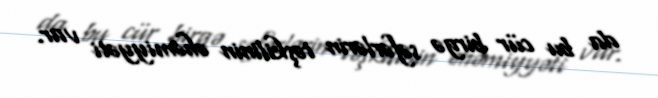
da bu cür birgə səfərlərin təşkilinin əhəmiyyəti var.